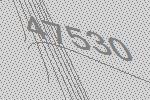
47530